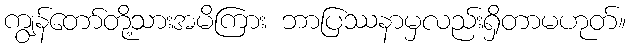
ကျွန်တော်တို့သားအမိကြား ဘာပြဿနာမှလည်းရှိတာမဟုတ်။